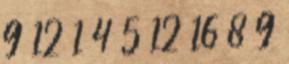
9 12 1 4 5 12 16 8 9